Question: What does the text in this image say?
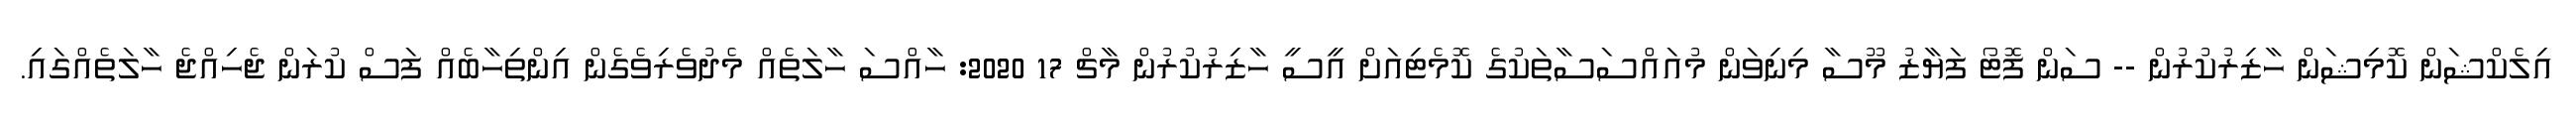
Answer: އިލެކްޝަން ކޮމިޝަން ހާޒިރުކުރުން -- ސަން ފޮޓޯ ފަޔާޒު މޫސާ މިނިވަން މުއައްސަސާތަކުގެ ކޮމެޓިއަށް އީސީ ހާޒިރުކުރުން މާޗް 17 2020: ހާއްސަ ހާލަތެއް މެދުވެރިވެގެން އިންތިހާބެއް ފަސް ކުރަން ޖެހިއްޖެ ހާލަތެއްގައި.